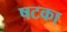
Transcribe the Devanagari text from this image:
षटका